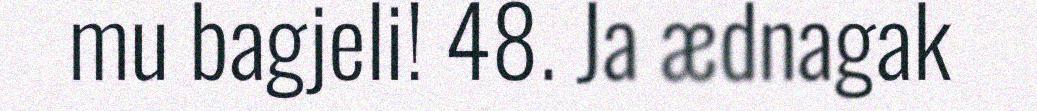
mu bagjeli! 48. Ja ædnagak